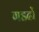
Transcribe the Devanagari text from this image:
गडढों